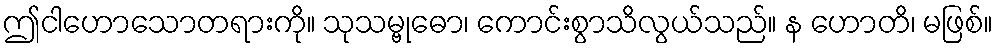
ဤငါဟောသောတရားကို။ သုသမ္ဗုဓော၊ ကောင်းစွာသိလွယ်သည်။ န ဟောတိ၊ မဖြစ်။